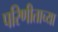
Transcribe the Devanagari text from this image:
परिणीताच्या